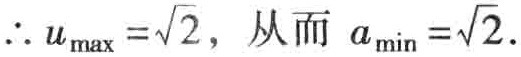
\(\therefore u_{\max }=\sqrt{2},\ 从而\ a_{\min }=\sqrt{2}.\)